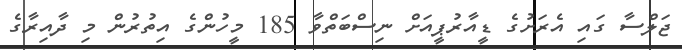
ޖަލްސާ ގައި އެރަށުގެ ޑީއާރުޕީއަށް ނިސްބަތްވާ 185 މީހުންގެ އިތުރުން މި ދާއިރާގެ